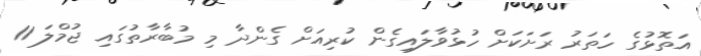
އަތޮޅުގެ ހަތަރު ރަށަކަށް ހުޅުވާލައިގެން ކުރިއަށް ގެންދާ މި މުބާރާތުގައި ޖުމްލަ 11